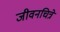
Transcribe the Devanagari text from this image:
जीवनचित्रे